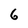
Character: 6